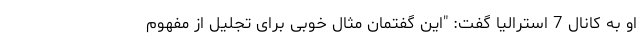
او به کانال 7 استرالیا گفت: "این گفتمان مثال خوبی برای تجلیل از مفهوم